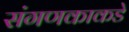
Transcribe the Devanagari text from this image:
संगणकाकडे